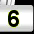
Digit: 6